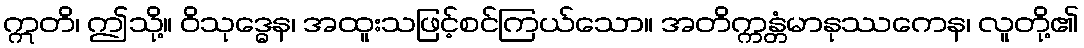
ဣတိ၊ ဤသို့။ ဝိသုဒ္ဓေန၊ အထူးသဖြင့်စင်ကြယ်သော။ အတိက္ကန္တံမာနုဿကေန၊ လူတို့၏